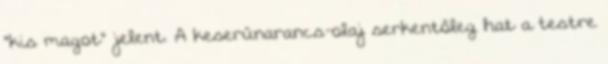
"kis magot" jelent. A keserűnarancs-olaj serkentőleg hat a testre